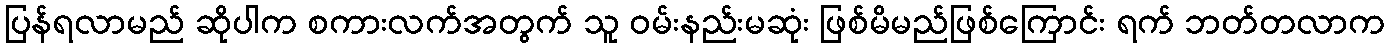
ပြန်ရလာမည် ဆိုပါက စကားလက်အတွက် သူ ဝမ်းနည်းမဆုံး ဖြစ်မိမည်ဖြစ်ကြောင်း ရက် ဘတ်တလာက